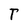
Character: T